Medical and sanitary report of the native army of Madras for the year
Year: 1875
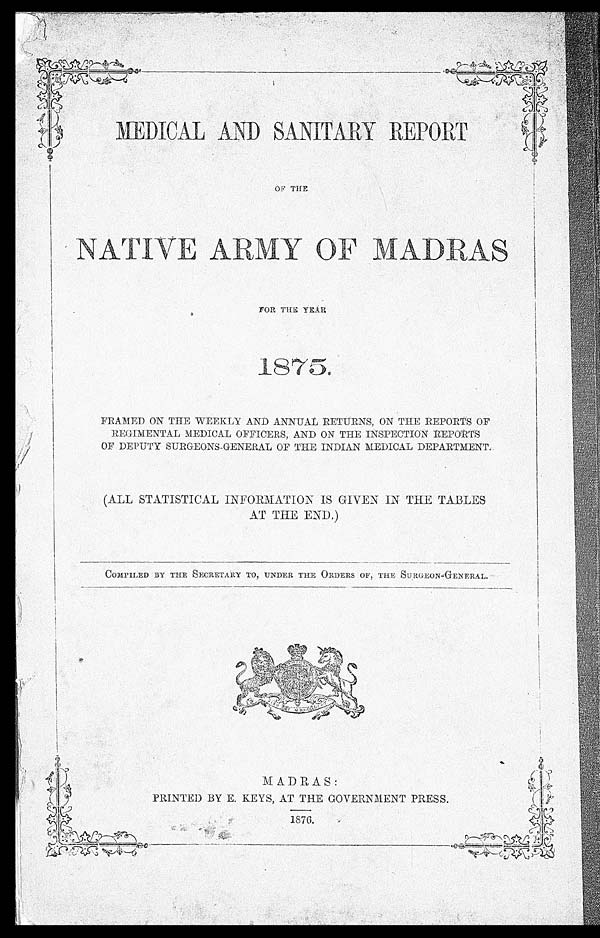
MEDICAL AND SANITARY REPORT
OF THE
NATIVE ARMY OF MADRAS
FOR THE YEAR
1875.
FRAMED ON THE WEEKLY AND ANNUAL RETURNS, ON THE REPORTS OF
REGIMENTAL MEDICAL OFFICERS, AND ON THE INSPECTION REPORTS
OF DEPUTY SURGEONS-GENERAL OF THE INDIAN MEDICAL DEPARTMENT.
(ALL STATISTICAL INFORMATION IS GIVEN IN THE TABLES
AT THE END.)
COMPILED BY THE SECRETARY TO, UNDER THE ORDERS OF, THE SURGEOM-GENERAL.
MADRAS:
PRINTED BY E. KEYS, AT THE GOVERNMENT PRESS.
1876.